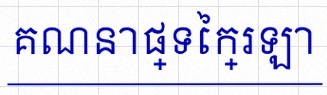
គណនាផ្ទៃក្រឡា